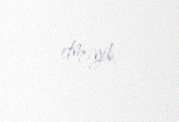
etməyib.